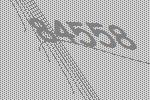
84558